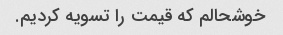
خوشحالم که قیمت را تسویه کردیم.